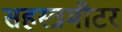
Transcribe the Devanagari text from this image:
सहस्त्रमीटर